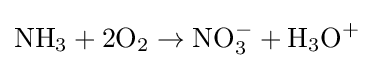
{\mbox{N}}{\mbox{H}}_{3}+2{\mbox{O}}_{2}\rightarrow {\mbox{N}}{\mbox{O}}_{3}^{-}+{\mbox{H}}_{3}{\mbox{O}}^{+}